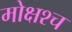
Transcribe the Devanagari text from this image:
मोक्षश्च